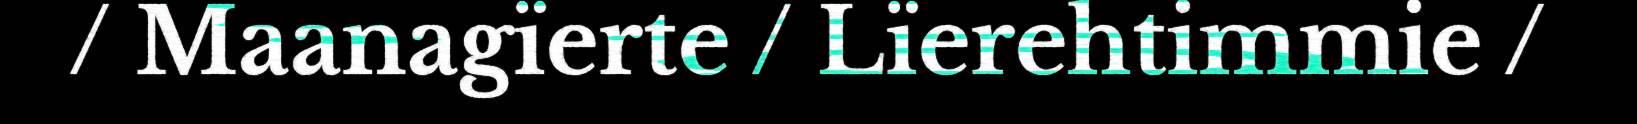
/ Maanagïerte / Lïerehtimmie /